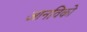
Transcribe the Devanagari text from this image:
आनविको